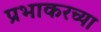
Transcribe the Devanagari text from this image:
प्रभाकरच्या